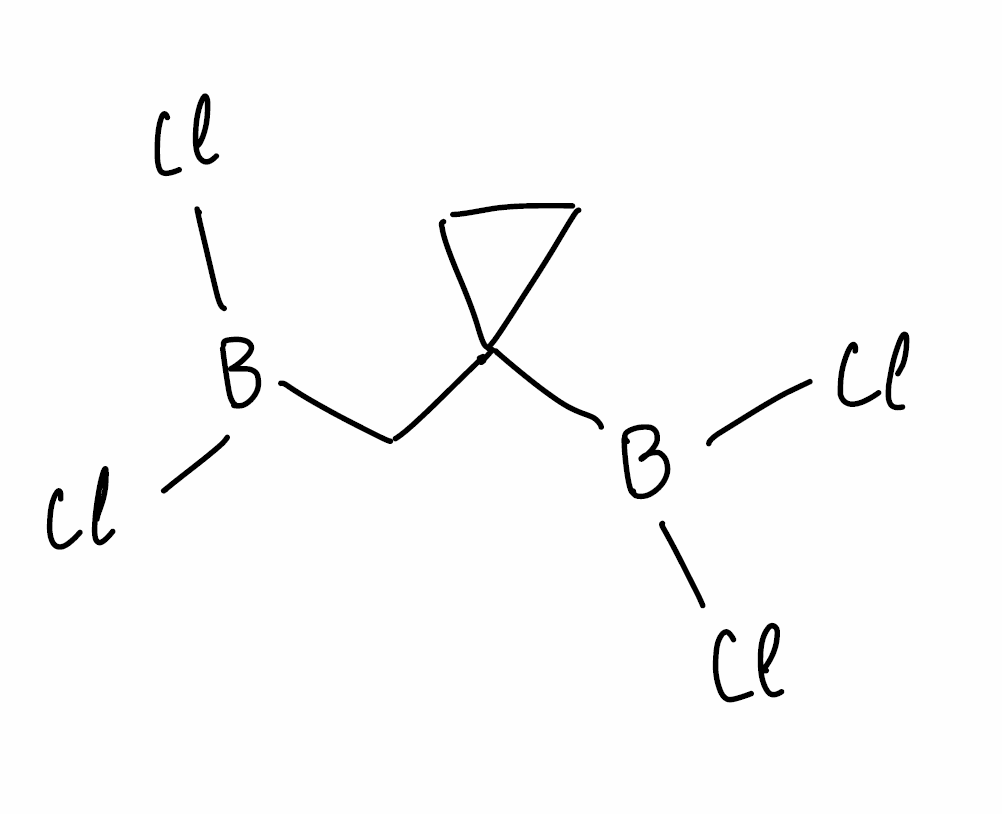
Simplified molecular-input line-entry system (SMILES) notation of the given molecule:
B(CC1(CC1)B(Cl)Cl)(Cl)Cl